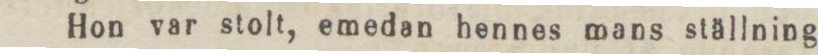
Hon var stolt, emedan hennes mans ställning